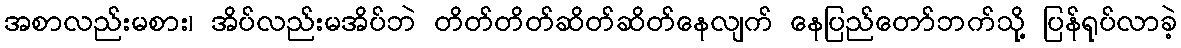
အစာလည်းမစား၊ အိပ်လည်းမအိပ်ဘဲ တိတ်တိတ်ဆိတ်ဆိတ်နေလျက် နေပြည်တော်ဘက်သို့ ပြန်ရုပ်လာခဲ့